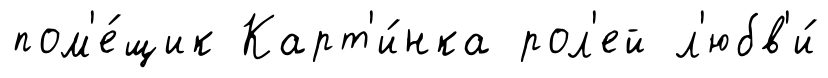
пом'е́щик Карт'и́нка рол'ей л'юбв'и́